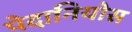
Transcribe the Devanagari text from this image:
पेदानियोस